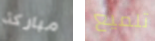
مباركة تلميع